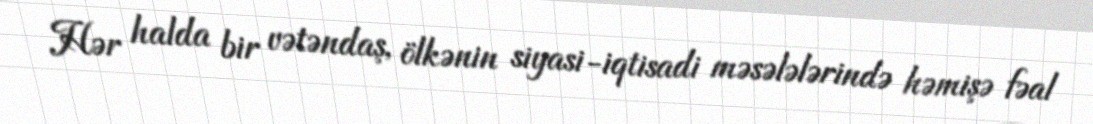
Hər halda bir vətəndaş, ölkənin siyasi-iqtisadi məsələlərində həmişə fəal